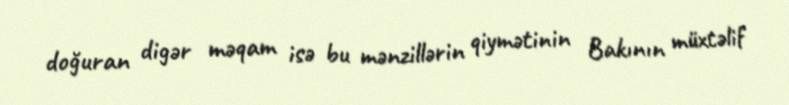
doğuran digər məqam isə bu mənzillərin qiymətinin Bakının müxtəlif